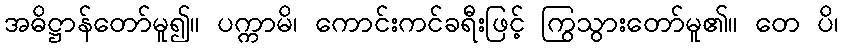
အဓိဋ္ဌာန်တော်မူ၍။ ပက္ကာမိ၊ ကောင်းကင်ခရီးဖြင့် ကြွသွားတော်မူ၏။ တေ ပိ၊